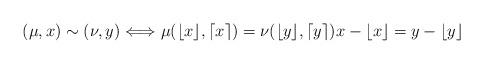
LaTeX: \begin{align*}(\mu, x) \sim (\nu, y) \Longleftrightarrow \ & \mu(\lfloor x \rfloor, \lceil x \rceil) = \nu(\lfloor y \rfloor, \lceil y \rceil) x - \lfloor x \rfloor = y - \lfloor y \rfloor \end{align*}